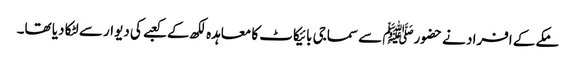
مکے کے افراد نے حضورﷺ سے سماجی بائیکاٹ کا معاہدہ لکھ کے کعبے کی دیوار سے لٹکا دیا تھا۔